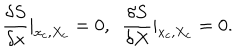
LaTeX: \frac { \delta S } { \delta x } | _ { x _ { c } , X _ { c } } = 0 , \ \ \frac { \delta S } { \delta X } | _ { x _ { c } , X _ { c } } = 0 .